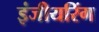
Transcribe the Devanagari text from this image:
इंजीयरिंग